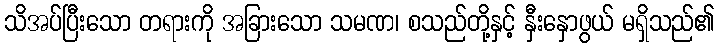
သိအပ်ပြီးသော တရားကို အခြားသော သမဏ၊ စသည်တို့နှင့် နှီးနှောဖွယ် မရှိသည်၏